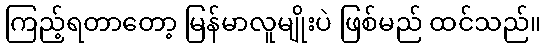
ကြည့်ရတာတော့ မြန်မာလူမျိုးပဲ ဖြစ်မည် ထင်သည်။